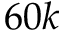
6 0 k